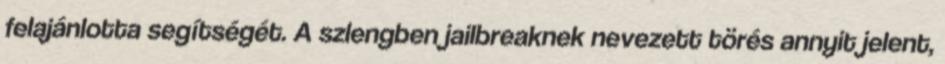
felajánlotta segítségét. A szlengben jailbreaknek nevezett törés annyit jelent,